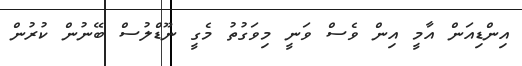
އިންޑިއަން އާމީ އިން ވެސް ވަނީ މިވަގުތު މެގީ ނޫޑްލުސް ބޭނުން ކުރުން